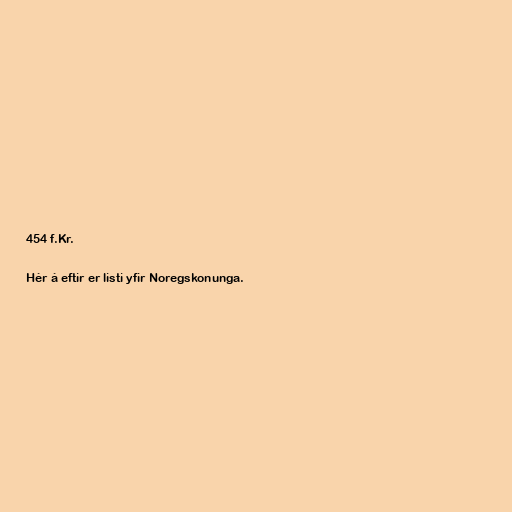
454 f.Kr.

Hér á eftir er listi yfir Noregskonunga.